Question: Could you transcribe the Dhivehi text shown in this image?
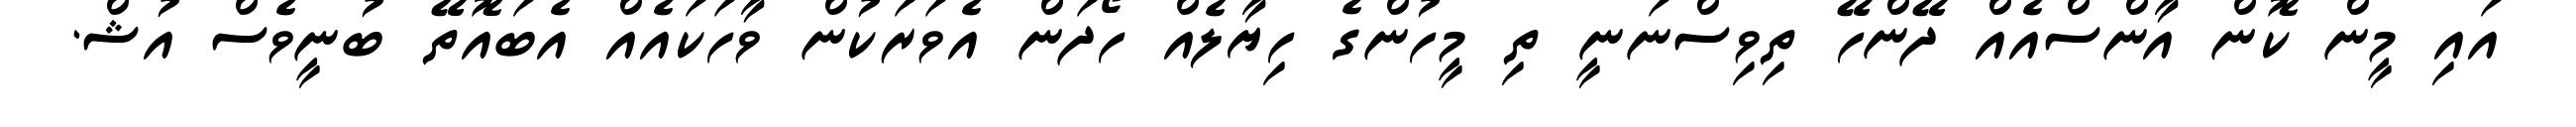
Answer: އައި މީން ކޮން އާންސްއެއް ދޭންހޭ ތިވިސްނަނީ ތި މީހުންގެ ހިޔާލެއް ހޯދަން އެވަރަކުން ވާހަކައެއް އެބައޮތޭ ބުނީވެސް އުޝް.